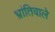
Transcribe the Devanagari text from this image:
भ्रांतिवाले